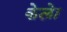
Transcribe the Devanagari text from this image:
केलेा